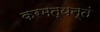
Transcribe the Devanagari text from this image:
करमत्यन्तं